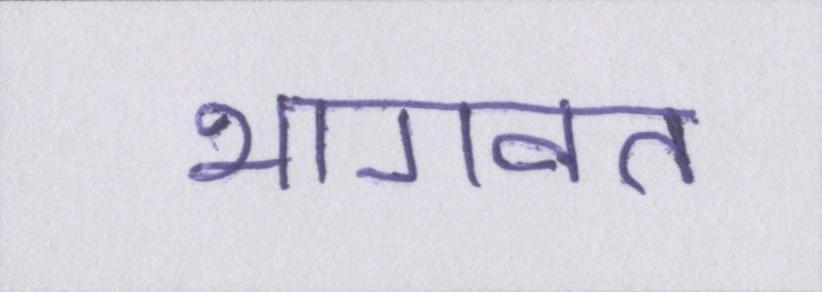
भागवत